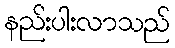
နည်းပါးလာသည်